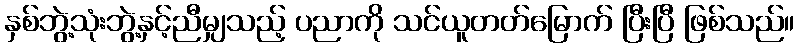
နှစ်ဘွဲ့သုံးဘွဲ့နှင့်ညီမျှသည့် ပညာကို သင်ယူတတ်မြောက် ပြီးပြီ ဖြစ်သည်။